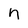
Character: n